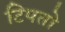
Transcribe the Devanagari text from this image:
टिपतो